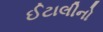
ઈટાલીનો